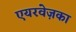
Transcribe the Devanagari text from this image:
एयरवेज़का